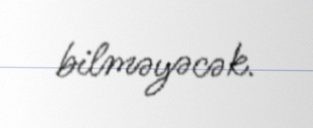
bilməyəcək.